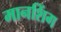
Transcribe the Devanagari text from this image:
मानशिंग